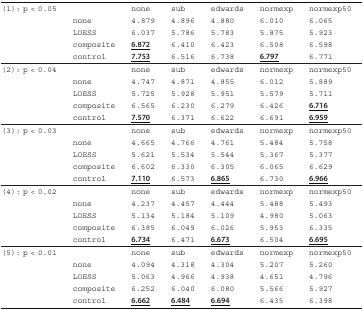
<table><thead><tr><td><b>(1): p &lt; 0.05</b></td><td></td><td><b>none</b></td><td><b>sub</b></td><td><b>edwards</b></td><td><b>normexp</b></td><td><b>normexp50</b></td></tr><tr><td></td><td><b>none</b></td><td><b>4.879</b></td><td><b>4.896</b></td><td><b>4.880</b></td><td><b>6.010</b></td><td><b>6.065</b></td></tr><tr><td></td><td><b>LOESS</b></td><td><b>6.037</b></td><td><b>5.786</b></td><td><b>5.783</b></td><td><b>5.875</b></td><td><b>5.923</b></td></tr><tr><td></td><td><b>composite</b></td><td><b><underline>6.872</underline></b></td><td><b>6.410</b></td><td><b>6.423</b></td><td><b>6.508</b></td><td><b>6.598</b></td></tr><tr><td></td><td><b>control</b></td><td><b><underline>7.753</underline></b></td><td><b>6.516</b></td><td><b>6.738</b></td><td><b><underline>6.797</underline></b></td><td><b>6.771</b></td></tr></thead><tbody><tr><td>(2): p &lt; 0.04</td><td></td><td>none</td><td>sub</td><td>edwards</td><td>normexp</td><td>normexp50</td></tr><tr><td></td><td>none</td><td>4.747</td><td>4.871</td><td>4.855</td><td>6.012</td><td>5.889</td></tr><tr><td></td><td>LOESS</td><td>5.725</td><td>5.928</td><td>5.951</td><td>5.579</td><td>5.711</td></tr><tr><td></td><td>composite</td><td>6.565</td><td>6.230</td><td>6.279</td><td>6.426</td><td><b><underline>6.716</underline></b></td></tr><tr><td></td><td>control</td><td><b><underline>7.570</underline></b></td><td>6.371</td><td>6.622</td><td>6.691</td><td><b><underline>6.959</underline></b></td></tr><tr><td>(3): p &lt; 0.03</td><td></td><td>none</td><td>sub</td><td>edwards</td><td>normexp</td><td>normexp50</td></tr><tr><td></td><td>none</td><td>4.665</td><td>4.766</td><td>4.761</td><td>5.484</td><td>5.758</td></tr><tr><td></td><td>LOESS</td><td>5.621</td><td>5.534</td><td>5.544</td><td>5.367</td><td>5.377</td></tr><tr><td></td><td>composite</td><td>6.602</td><td>6.330</td><td>6.305</td><td>6.065</td><td>6.629</td></tr><tr><td></td><td>control</td><td><b><underline>7.110</underline></b></td><td>6.573</td><td><b><underline>6.865</underline></b></td><td>6.730</td><td><b><underline>6.966</underline></b></td></tr><tr><td>(4): p &lt; 0.02</td><td></td><td>none</td><td>sub</td><td>edwards</td><td>normexp</td><td>normexp50</td></tr><tr><td></td><td>none</td><td>4.237</td><td>4.457</td><td>4.444</td><td>5.488</td><td>5.493</td></tr><tr><td></td><td>LOESS</td><td>5.134</td><td>5.184</td><td>5.109</td><td>4.980</td><td>5.063</td></tr><tr><td></td><td>composite</td><td>6.385</td><td>6.049</td><td>6.026</td><td>5.953</td><td>6.335</td></tr><tr><td></td><td>control</td><td><b><underline>6.734</underline></b></td><td>6.471</td><td><b><underline>6.673</underline></b></td><td>6.504</td><td><b><underline>6.695</underline></b></td></tr><tr><td>(5): p &lt; 0.01</td><td></td><td>none</td><td>sub</td><td>edwards</td><td>normexp</td><td>normexp50</td></tr><tr><td></td><td>none</td><td>4.094</td><td>4.318</td><td>4.304</td><td>5.207</td><td>5.260</td></tr><tr><td></td><td>LOESS</td><td>5.063</td><td>4.966</td><td>4.938</td><td>4.651</td><td>4.796</td></tr><tr><td></td><td>composite</td><td>6.252</td><td>6.040</td><td>6.080</td><td>5.566</td><td>5.927</td></tr><tr><td></td><td>control</td><td><b><underline>6.662</underline></b></td><td><b><underline>6.484</underline></b></td><td><b><underline>6.694</underline></b></td><td>6.435</td><td>6.398</td></tr></tbody></table>